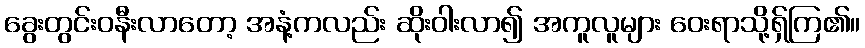
ခွေးတွင်းဝနီးလာတော့ အနံ့ကလည်း ဆိုးဝါးလာ၍ အကူလူများ ဝေးရာသို့ရှ်ကြ၏။